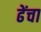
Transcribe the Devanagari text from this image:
ढेंचा